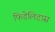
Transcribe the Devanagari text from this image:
फिडेलिटास